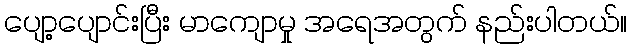
ပျော့ပျောင်းပြီး မာကျောမှု အရေအတွက် နည်းပါတယ်။